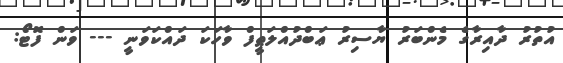
އުތުރު ދާއިރާގެ މެންބަރު ޔާސިރު ޢަބްދުއްލަޠީފް ވާހަކަ ދައްކަވަނީ --- ވަން ފޮޓޯ: